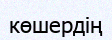
көшердің